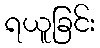
ရယူခြင်း